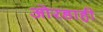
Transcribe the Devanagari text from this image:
ओरडाही